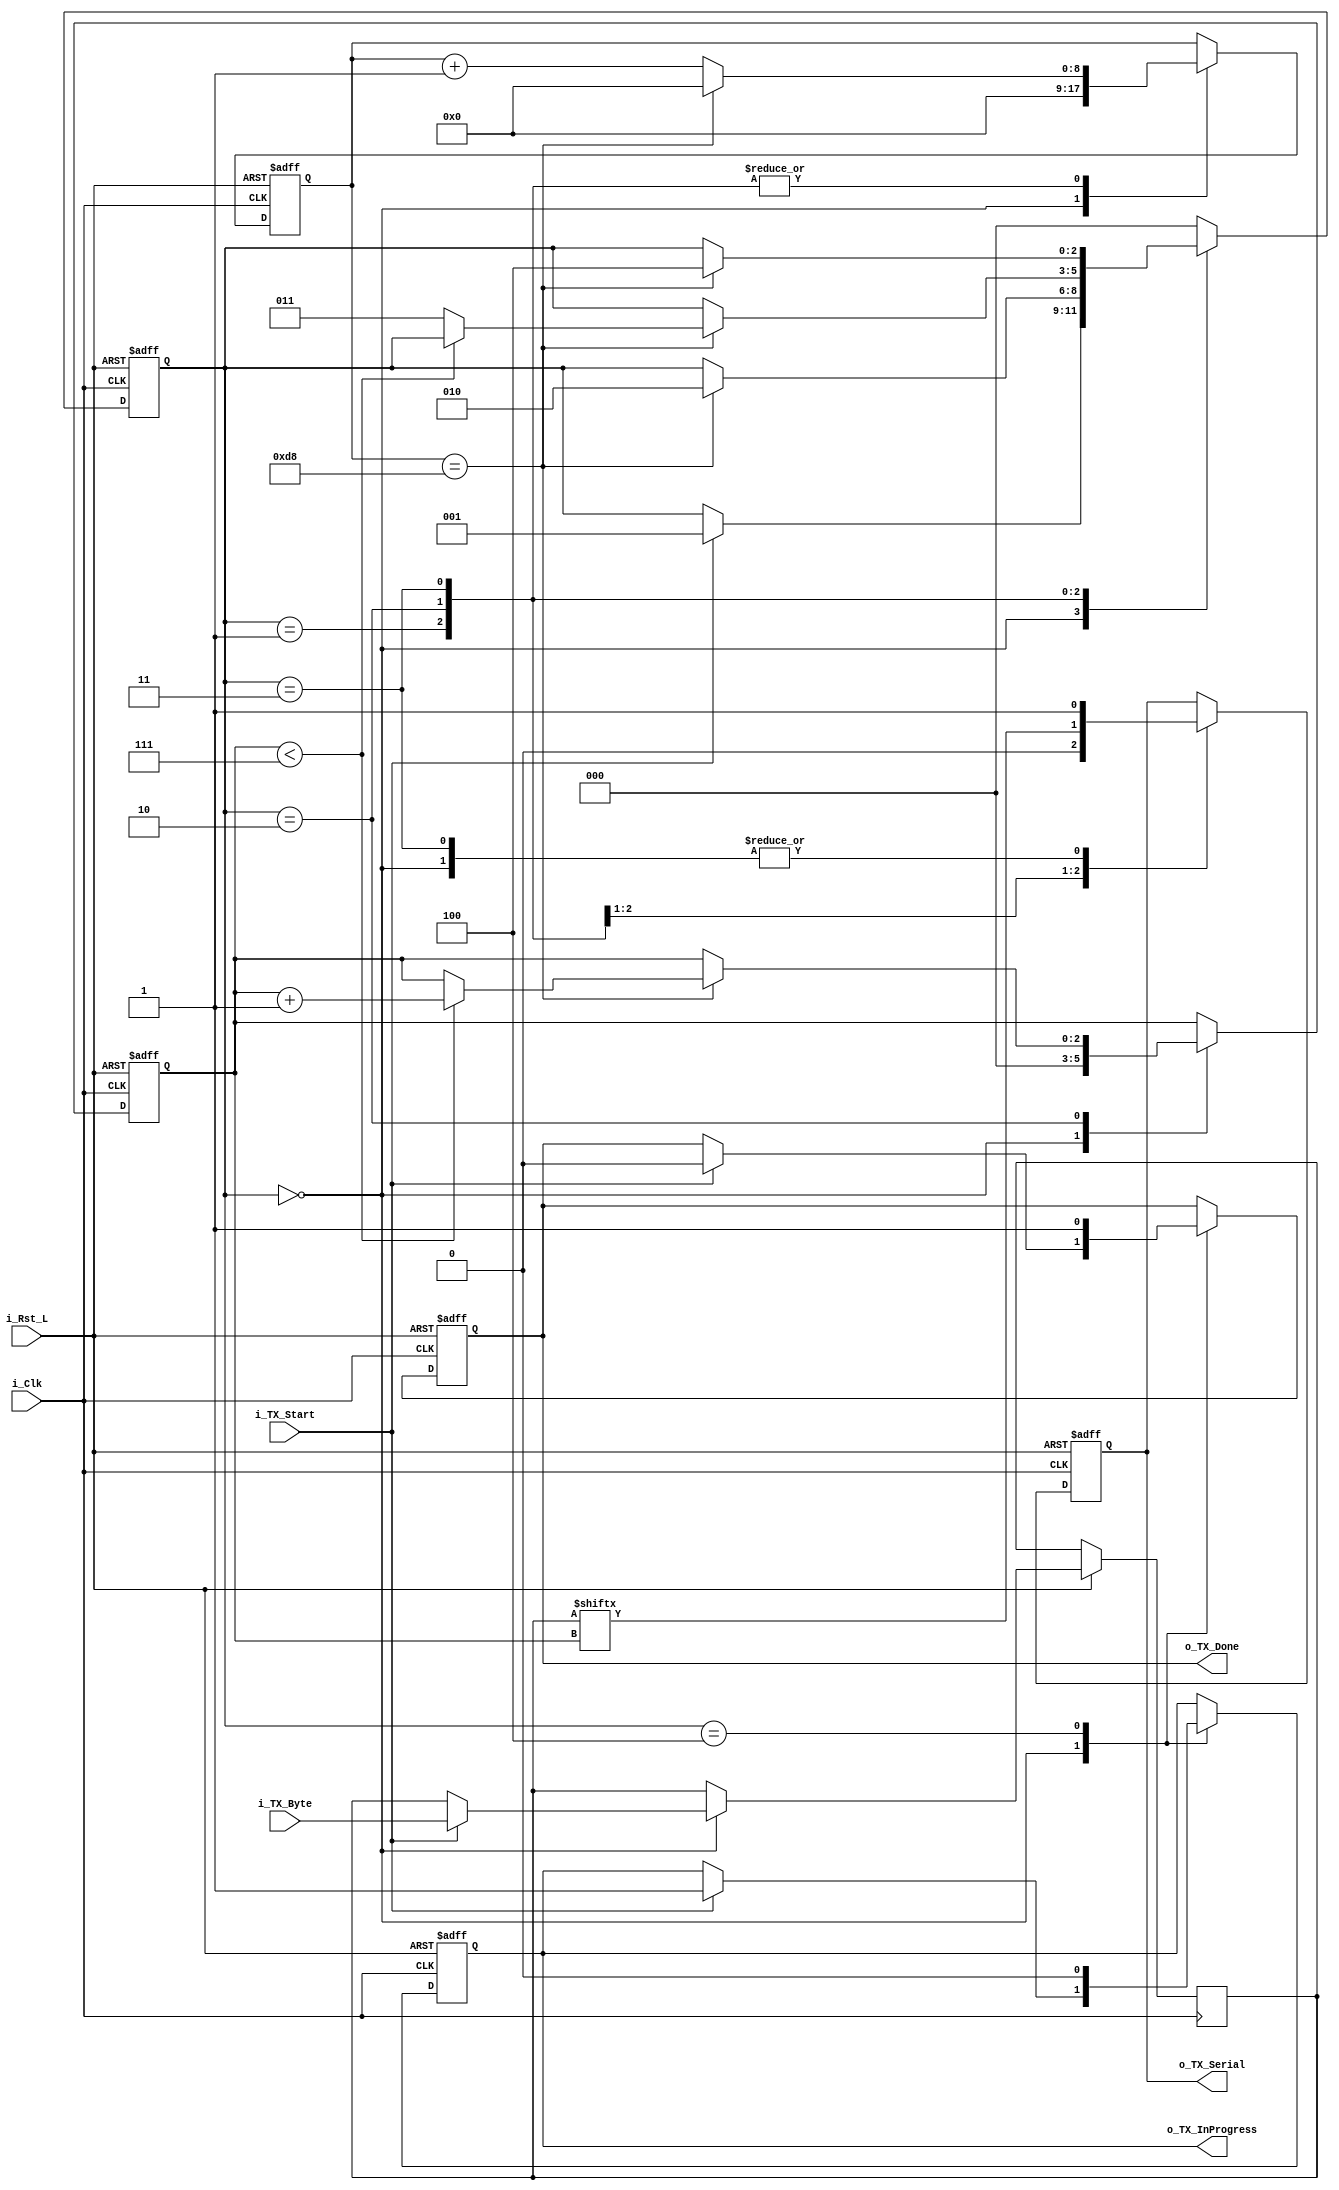
`default_nettype none

module uart_tx #(
    parameter CLKS_PER_BIT = 217
)(
    input wire i_Rst_L,
    input wire i_Clk,
    input wire [7:0] i_TX_Byte,
    input wire i_TX_Start,      // Initiate TX of the data in the TX register 
    output reg o_TX_InProgress,
    output reg o_TX_Done,
    output reg o_TX_Serial
);

// States
localparam IDLE         = 3'b000;
localparam TX_START_BIT = 3'b001;
localparam TX_DATA_BITS = 3'b010;
localparam TX_STOP_BIT  = 3'b011;
localparam FINISH       = 3'b100;

reg [2:0] r_TX_State = IDLE;    // Register for the current state
reg [2:0] r_Bit_Index;          // Bit index register
reg [7:0] r_TX_Byte;            // TX data register

// 217 clocks per bit.
// The function (e.g. in Python) floor(log2(217)) + 1 = 8 gives us the number of bits
// required to represent a given number.
// However since we start counting at zero, it is sometimes one less bit
// required for the counting compared to the number of bits required to
// represent the number.
//
// E.g. if CLKS_PER_BIT = 256 we need 8 bits to index the different numbers
// but 9 bits to repersent the acutal value: 0b1_0000_0000.
//
//reg [8:0] r_Clock_Count;
reg [$clog2(CLKS_PER_BIT):0] r_Clock_Count;

initial begin
    o_TX_Serial <= 1'b0;
    o_TX_Done <= 1'b1;
    o_TX_InProgress <= 1'b0;
end

always @(posedge i_Clk or negedge i_Rst_L) begin

    if(~i_Rst_L) begin
        r_Clock_Count <= 0;
        r_Bit_Index <= 0;
        o_TX_Done <= 1'b1;
        o_TX_InProgress <= 1'b0;
        o_TX_Serial <= 1'b1; // Drive UART TX line high when idle
        r_TX_State <= IDLE;
    end
    else begin
        case (r_TX_State)
        IDLE:
            begin

                o_TX_Serial <= 1'b1; // Drive line high for idle condition
                r_Clock_Count <= 0;
                r_Bit_Index <= 0;

                if(i_TX_Start == 1'b1) begin
                    r_TX_Byte <= i_TX_Byte; // Copy the data from the input to the TX register

                    o_TX_InProgress <= 1'b1;
                    o_TX_Done <= 1'b0;

                    r_TX_State <= TX_START_BIT;
                end
            end
        TX_START_BIT:
            begin

                o_TX_Serial <= 1'b0; // Set line low to begin a start bit

                if(r_Clock_Count == (CLKS_PER_BIT - 1)) begin // Wait for one bit duration
                    r_Clock_Count <= 1'b0;
                    r_TX_State <= TX_DATA_BITS;
                end
                else begin
                   r_Clock_Count <= r_Clock_Count + 1; 
                end
                
            end
        TX_DATA_BITS:
            begin
 
                o_TX_Serial <= r_TX_Byte[r_Bit_Index];

                if(r_Clock_Count == (CLKS_PER_BIT - 1)) begin // Wait for one bit duration
                    r_Clock_Count <= 1'b0;
                    
                    if (r_Bit_Index < 7) begin
                        r_Bit_Index <= r_Bit_Index + 1;
                    end
                    else begin
                        //r_Bit_Index <= 1'b0;
                        r_TX_State <= TX_STOP_BIT;
                    end
                end
                else begin
                   r_Clock_Count <= r_Clock_Count + 1; 
                end

            end
        TX_STOP_BIT:
            begin
                
                o_TX_Serial <= 1'b1; // Set the serial line high to indicate a stop bit

                if(r_Clock_Count == (CLKS_PER_BIT - 1)) begin // Wait for one bit duration
                    r_Clock_Count <= 1'b0;
                    r_TX_State <= FINISH;
                end
                else begin
                   r_Clock_Count <= r_Clock_Count + 1; 
                end
                               
            end
        FINISH:
            begin

                o_TX_InProgress <= 1'b0;
                o_TX_Done <= 1'b1;
                r_TX_State <= IDLE;

            end
        default:
            r_TX_State <= IDLE;
        endcase
    end

end


endmodule